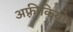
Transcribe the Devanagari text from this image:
अफ़्रीकियो